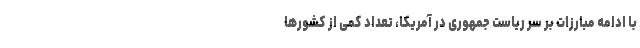
با ادامه مبارزات بر سر ریاست جمهوری در آمریکا،‌ تعداد کمی از کشورها